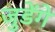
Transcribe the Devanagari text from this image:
जुडेंगे